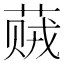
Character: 𬝠